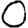
Digit: 0